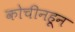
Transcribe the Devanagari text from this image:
कोचीनहून